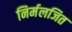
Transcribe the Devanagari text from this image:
निर्मलजित